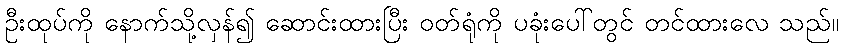
ဦးထုပ်ကို နောက်သို့လှန်၍ ဆောင်းထားပြီး ဝတ်ရုံကို ပခုံးပေါ်တွင် တင်ထားလေ သည်။